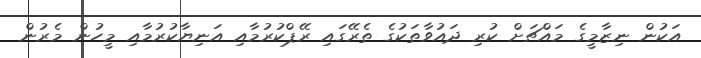
އަކުން ނިޒާމީގެ މައްޗަށް ކުރި ދައުވާތަކުގެ ތެރޭގައި ރޭޕްކުރުމާއި އަނިޔާކުރުމާއި މީހުން މެރުން